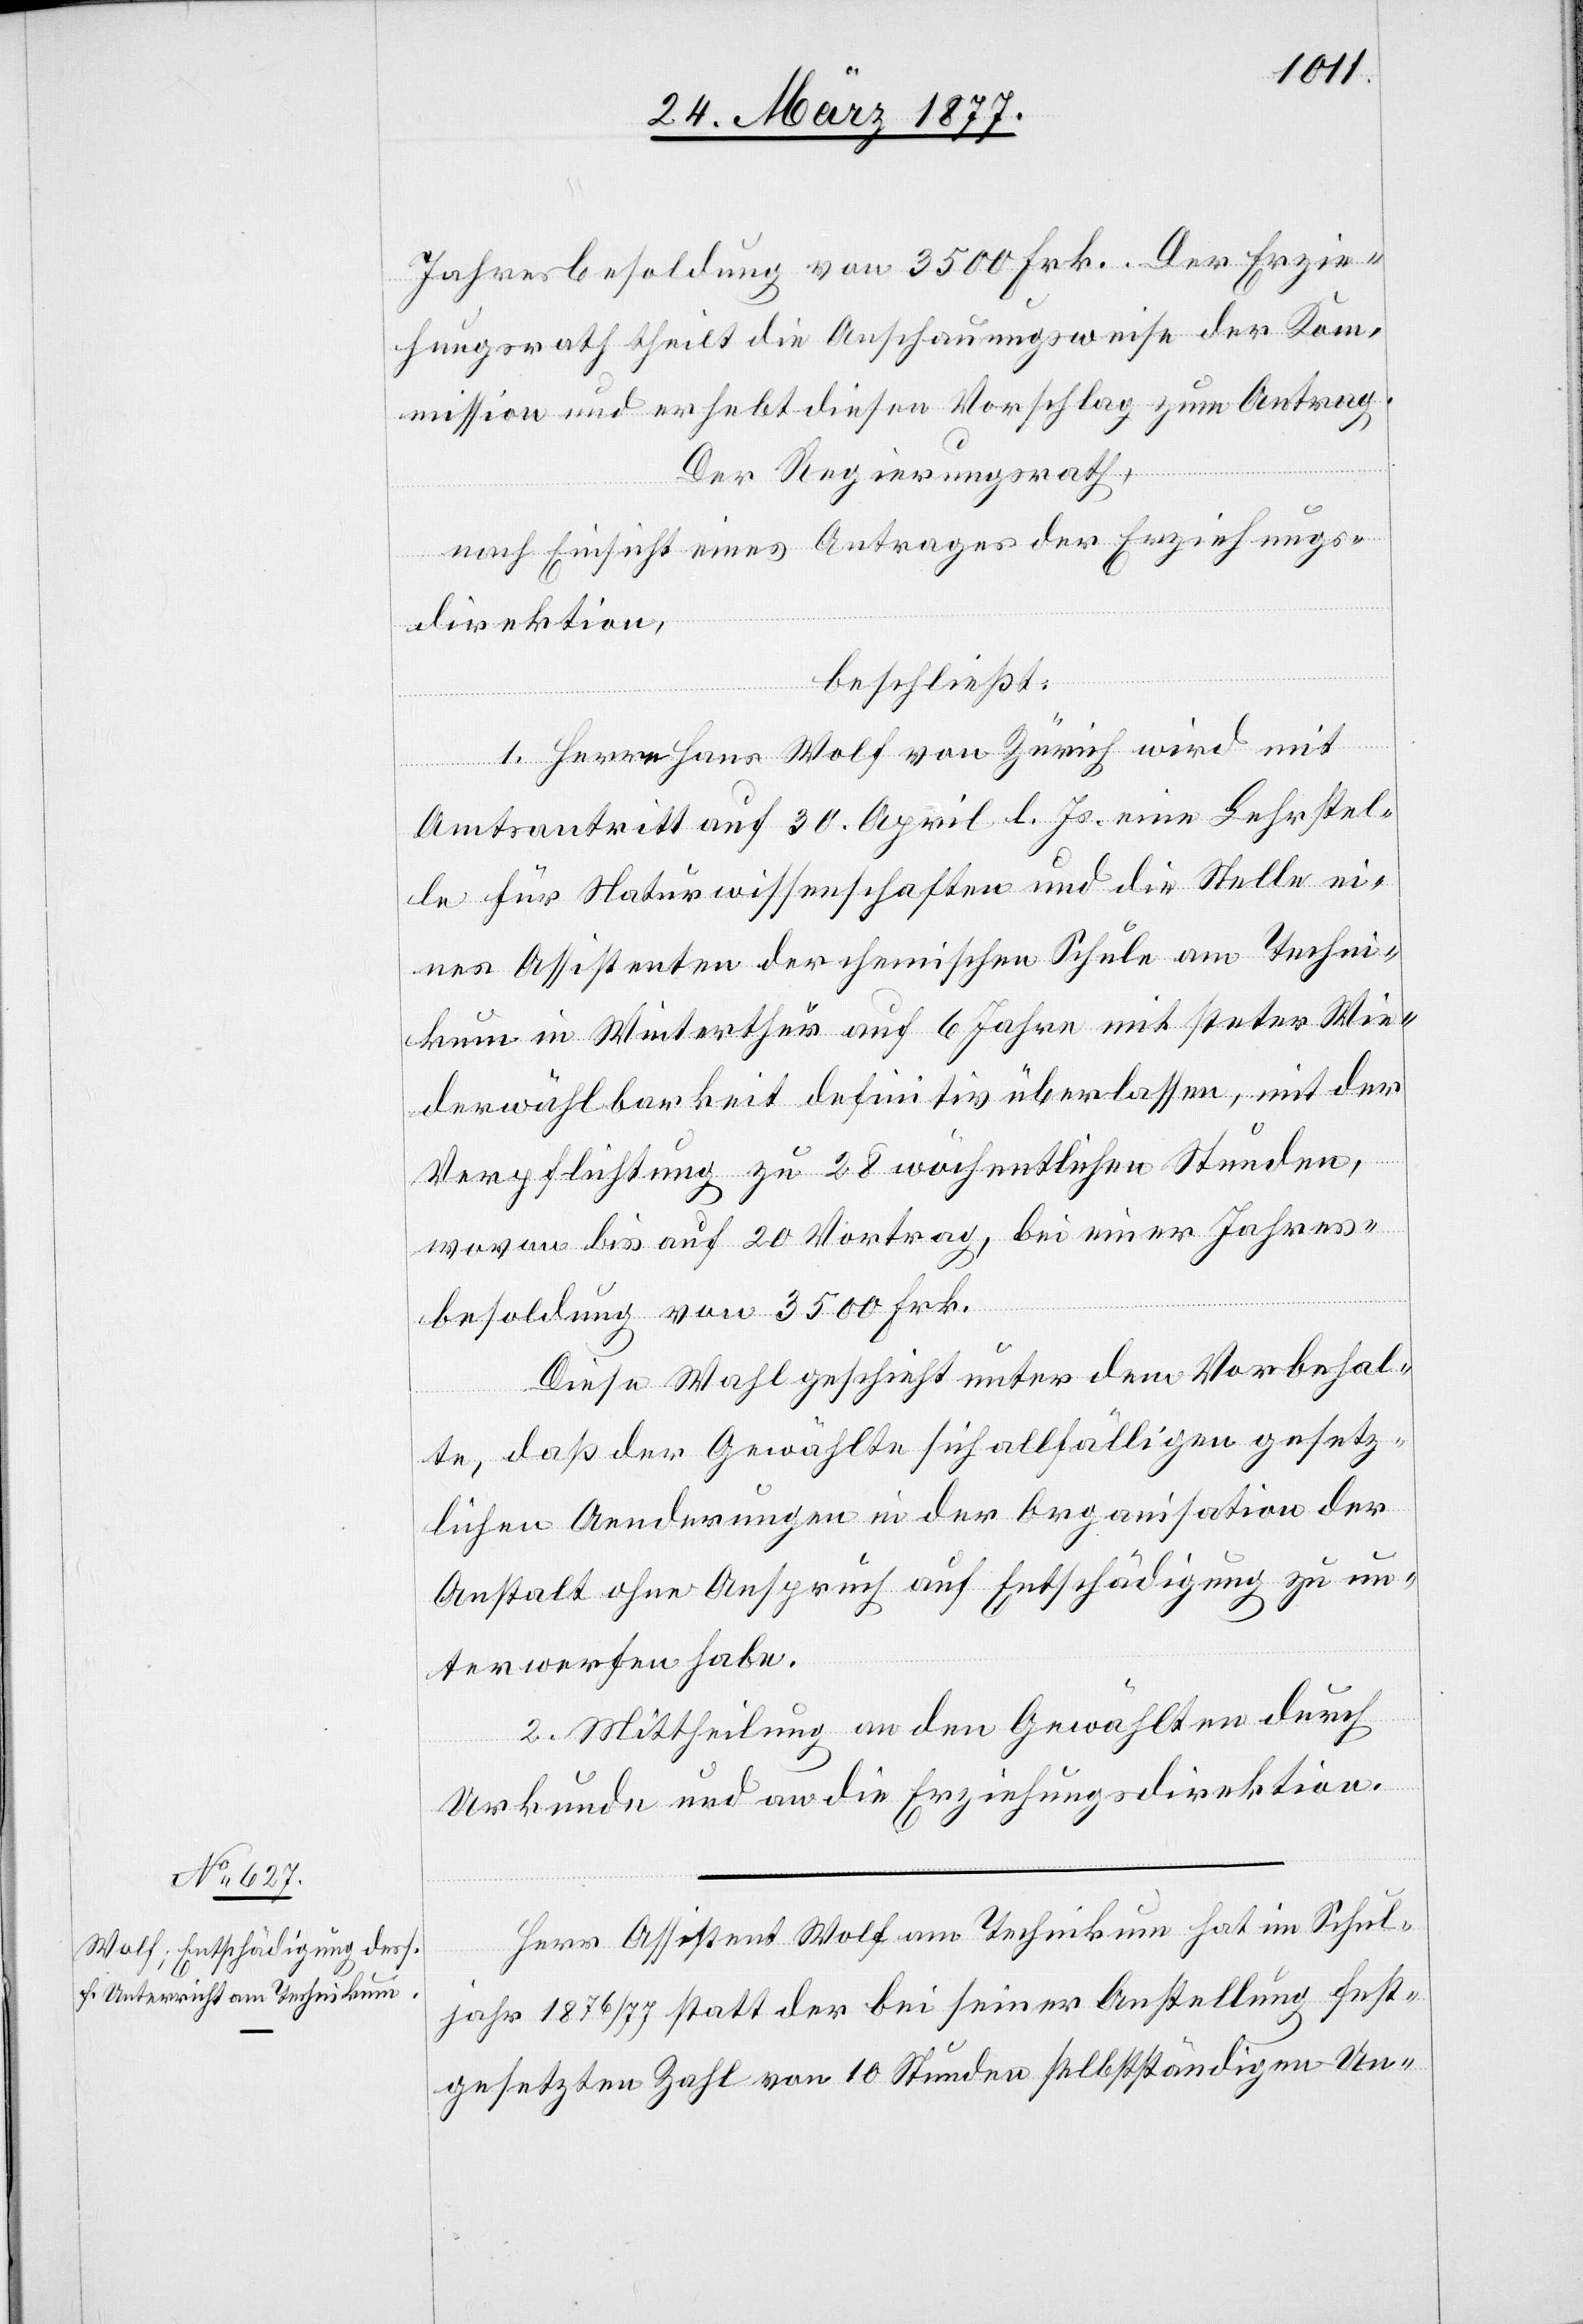
Jahresbesoldung von 3500 Frk. Der Erzie¬
hungsrath theilt die Anschauungsweise der Kom¬
mission und erhebt diesen Vorschlag zum Antrag.
Der Regierungsrath,
nach Einsicht eines Antrages der Erziehungs¬
direktion,
beschließt:
1. Herrn Hans Wolf von Zürich wird mit
Amtsantritt auf 30 April l. Js. eine Lehrstel¬
le für Naturwissenschaften und die Stelle ei¬
nes Assistenten der chemischen Schule am Techni¬
kum in Winterthur auf 6 Jahre mit steter Wie¬
derwählbarkeit definitiv überlassen, mit der
Verpflichtung zu 28 wöchentlichen Stunden,
wovon bis auf 20 Vortrag, bei einer Jahres¬
besoldung von 3500 Frk.
Diese Wahl geschieht unter dem Vorbehal¬
te, daß der Gewählte sich allfälligen gesetz¬
lichen Aenderungen in der Organisation der
Anstalt ohne Anspruch auf Entschädigung zu un¬
terwerfen habe.
2. Mittheilung an den Gewählten durch
Urkunde und an die Erziehungsdirektion.
Herr Assistent Wolf am Technikum hat im Schul¬
jahr 1876/77 statt der bei seiner Anstellung fest¬
gesetzten Zahl von 10 Stunden selbstständigen Un-